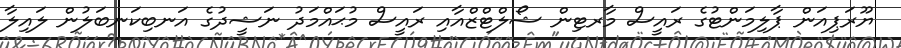
ޔޫރަޕިއަން ޕާލިމަންޓުގެ ރައީސް މާރޓިން ޝޯލްޓްޒްއާއި ރައީސް މުޙައްމަދު ނަޝީދުގެ އަނބިކަނބަލުން ލައިލާ